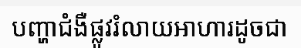
បញ្ហាជំងឺផ្លូវរំលាយអាហារដូចជា